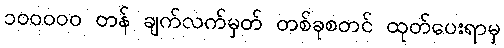
၁၀၀၀၀၀ တန် ချက်လက်မှတ် တစ်ခုစတင် ထုတ်ပေးရာမှ